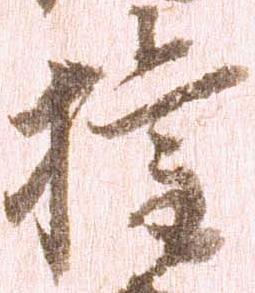
権